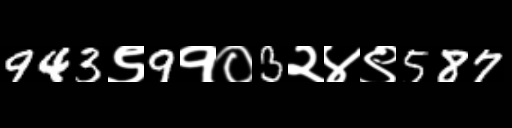
Text: 943९9१०3२४९587